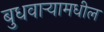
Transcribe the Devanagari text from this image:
बुधवार्‍यामधील